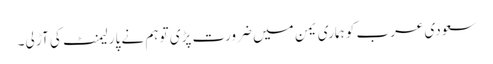
سعودی عرب کو ہماری یمن میں ضرورت پڑی تو ہم نے پارلیمنٹ کی آڑ لی۔